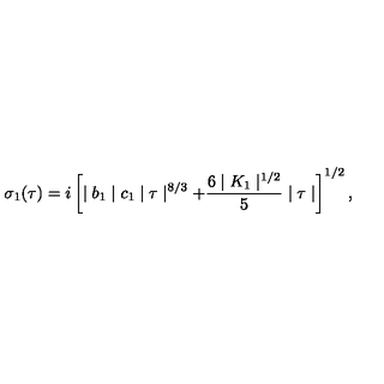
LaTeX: \sigma _ { 1 } ( \tau ) = i \left[ \mid b _ { 1 } \mid c _ { 1 } \mid \tau \mid ^ { 8 / 3 } + \frac { 6 \mid K _ { 1 } \mid ^ { 1 / 2 } } { 5 } \mid \tau \mid \right] ^ { 1 / 2 } ,